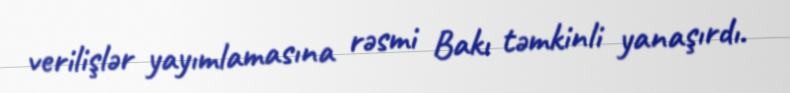
verilişlər yayımlamasına rəsmi Bakı təmkinli yanaşırdı.